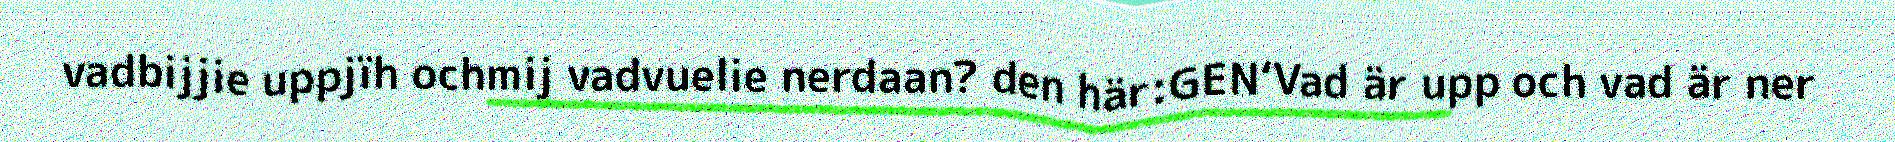
vadbijjie uppjïh ochmij vadvuelie nerdaan? den här:GEN‘Vad är upp och vad är ner